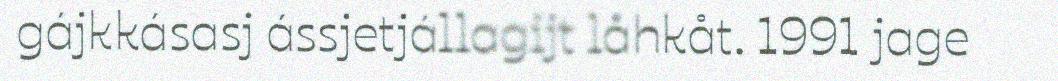
gájkkásasj ássjetjállagijt låhkåt. 1991 jage